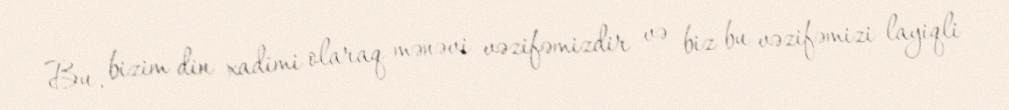
Bu, bizim din xadimi olaraq mənəvi vəzifəmizdir və biz bu vəzifəmizi layiqli